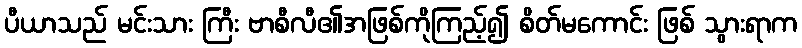
ပီယာသည် မင်းသား ကြီး ဗာစီလီ၏အဖြစ်ကိုကြည့်၍ စိတ်မကောင်း ဖြစ် သွားရာက